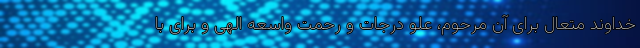
خداوند متعال برای آن مرحوم، علو درجات و رحمت واسعه الهی و برای با